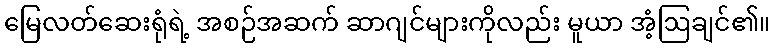
မြေလတ်ဆေးရုံရဲ့ အစဉ်အဆက် ဆာဂျင်များကိုလည်း မူယာ အံ့ဩချင်၏။